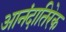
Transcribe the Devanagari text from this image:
आनंदातिरेक